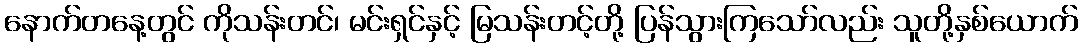
နောက်တနေ့တွင် ကိုသန်းတင်၊ မင်းရှင်နှင့် မြသန်းတင့်တို့ ပြန်သွားကြသော်လည်း သူတို့နှစ်ယောက်